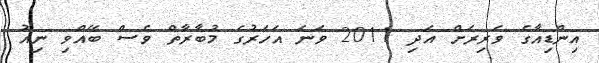
އިންޑިއާގެ ވެރިރަށް އަދި 2011 ވަނަ އަހަރުގެ މުބާރާތް ވެސް ބޭއްވި ނިއު